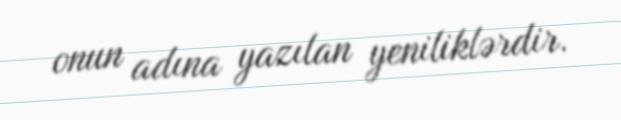
onun adına yazılan yeniliklərdir.